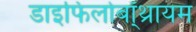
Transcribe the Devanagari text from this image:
डाइफिलोबॉ्थ्रायम